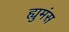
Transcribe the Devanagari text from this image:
ह्युमंस